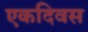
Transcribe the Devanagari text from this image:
एकदिवस